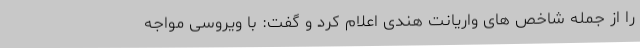
را از جمله شاخص های واریانت هندی اعلام کرد و گفت: با ویروسی مواجه